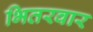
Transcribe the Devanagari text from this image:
भितरवार